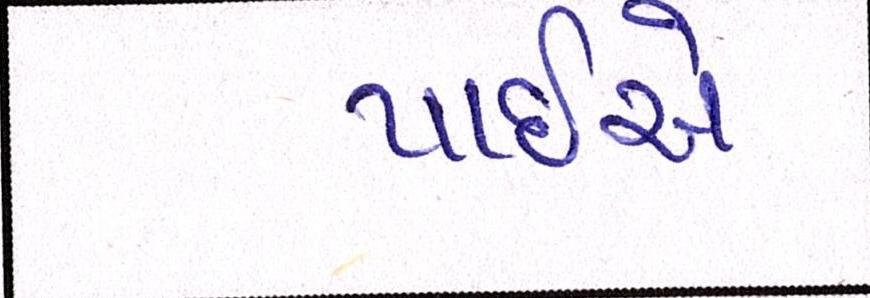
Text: પાઈએ